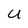
Character: U